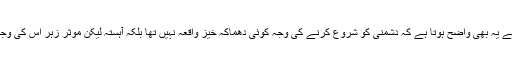
اس سے یہ بھی واضح ہوتا ہے کہ دشمنی کو شروع کرنے کی وجہ کوئی دھماکہ خیز واقعہ نہیں تھا بلکہ آہستہ لیکن موثر زہر اس کی وجہ تھا۔